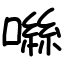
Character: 噝